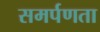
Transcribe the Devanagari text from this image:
समर्पणता